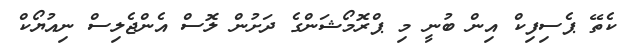
ކެތޭ ޕެސިފިކް އިން ބުނީ މި ޕްރޮމޯޝަންގެ ދަށުން ލޮސް އެންޖެލިސް ނިއުޔޯކް